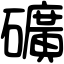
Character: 礦